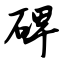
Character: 碑